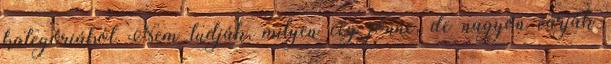
kategóriából Nem tudják, milyen cég jönne, de nagyon várják